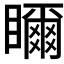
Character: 𥌃